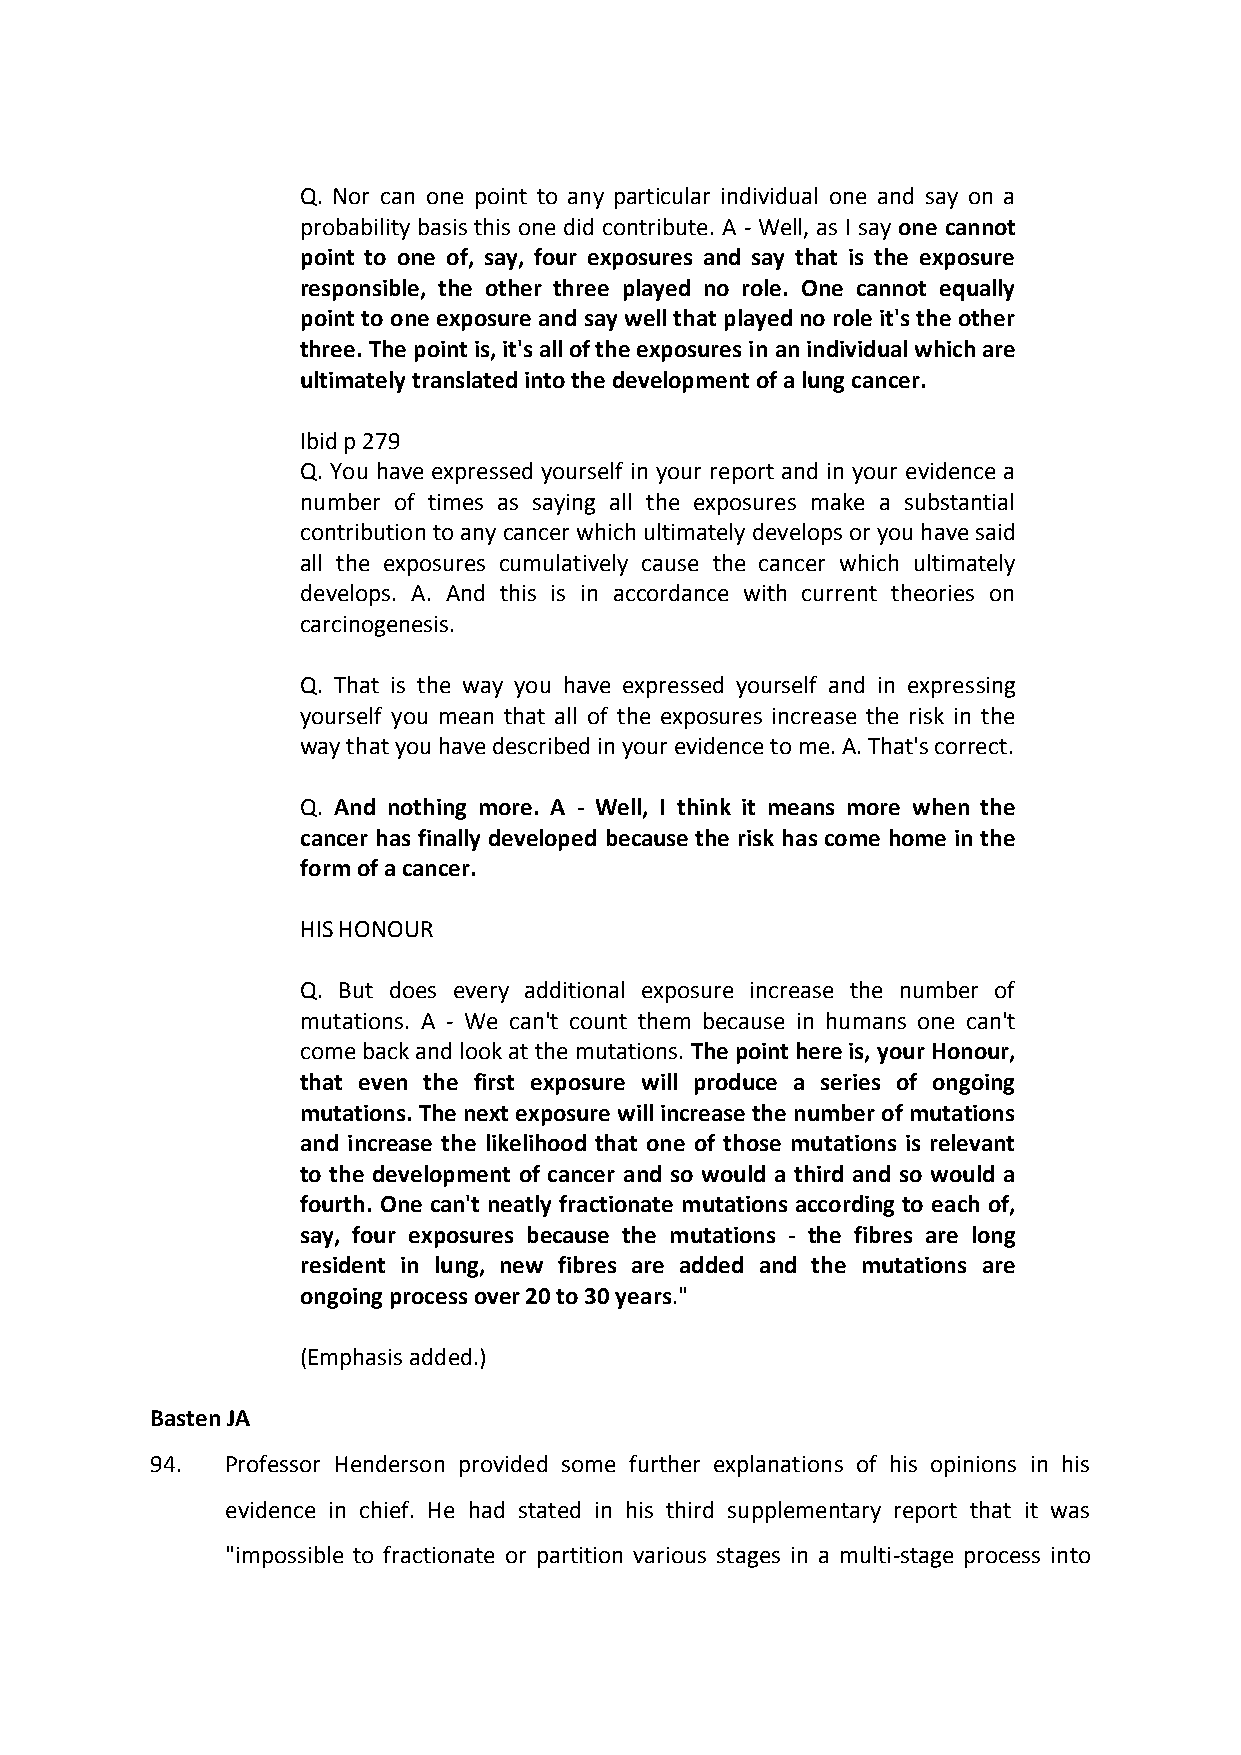
Q. Nor can one point to any particular individual one and say on a
 probability basis this one did contribute. A - Well, as I say one cannot
 point to one of, say, four exposures and say that is the exposure
 responsible, the other three played no role. One cannot equally
 point to one exposure and say well that played no role it's the other
 three. The point is, it's all of the exposures in an individual which are
 ultimately translated into the development of a lung cancer.
 Ibid p 279
 Q. You have expressed yourself in your report and in your evidence a
 number of times as saying all the exposures make a substantial
 contribution to any cancer which ultimately develops or you have said
 all the exposures cumulatively cause the cancer which ultimately
 develops. A. And this is in accordance with current theories on
 carcinogenesis.
 Q. That is the way you have expressed yourself and in expressing
 yourself you mean that all of the exposures increase the risk in the
 way that you have described in your evidence to me. A. That's correct.
 Q. And nothing more. A - Well, I think it means more when the
 cancer has finally developed because the risk has come home in the
 form of a cancer.
 HIS HONOUR
 Q. But does every additional exposure increase the number of
 mutations. A - We can't count them because in humans one can't
 come back and look at the mutations. The point here is, your Honour,
 that even the first exposure will produce a series of ongoing
 mutations. The next exposure will increase the number of mutations
 and increase the likelihood that one of those mutations is relevant
 to the development of cancer and so would a third and so would a
 fourth. One can't neatly fractionate mutations according to each of,
 say, four exposures because the mutations - the fibres are long
 resident in lung, new fibres are added and the mutations are
 ongoing process over 20 to 30 years."
 (Emphasis added.)
 Basten JA
 94.  Professor Henderson provided some further explanations of his opinions in his
 evidence in chief. He had stated in his third supplementary report that it was
 "impossible to fractionate or partition various stages in a multi-stage process into